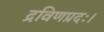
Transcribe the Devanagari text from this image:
द्रविणप्रदः।